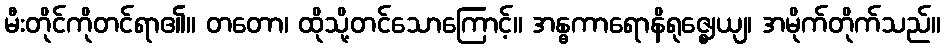
မီးတိုင်ကိုတင်ရာ၏။ တတော၊ ထိုသို့တင်သောကြောင့်။ အန္ဓကာရောနိရုဇ္ဈေယျ၊ အမိုက်တိုက်သည်။